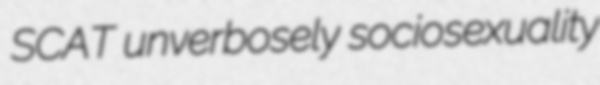
SCAT unverbosely sociosexuality